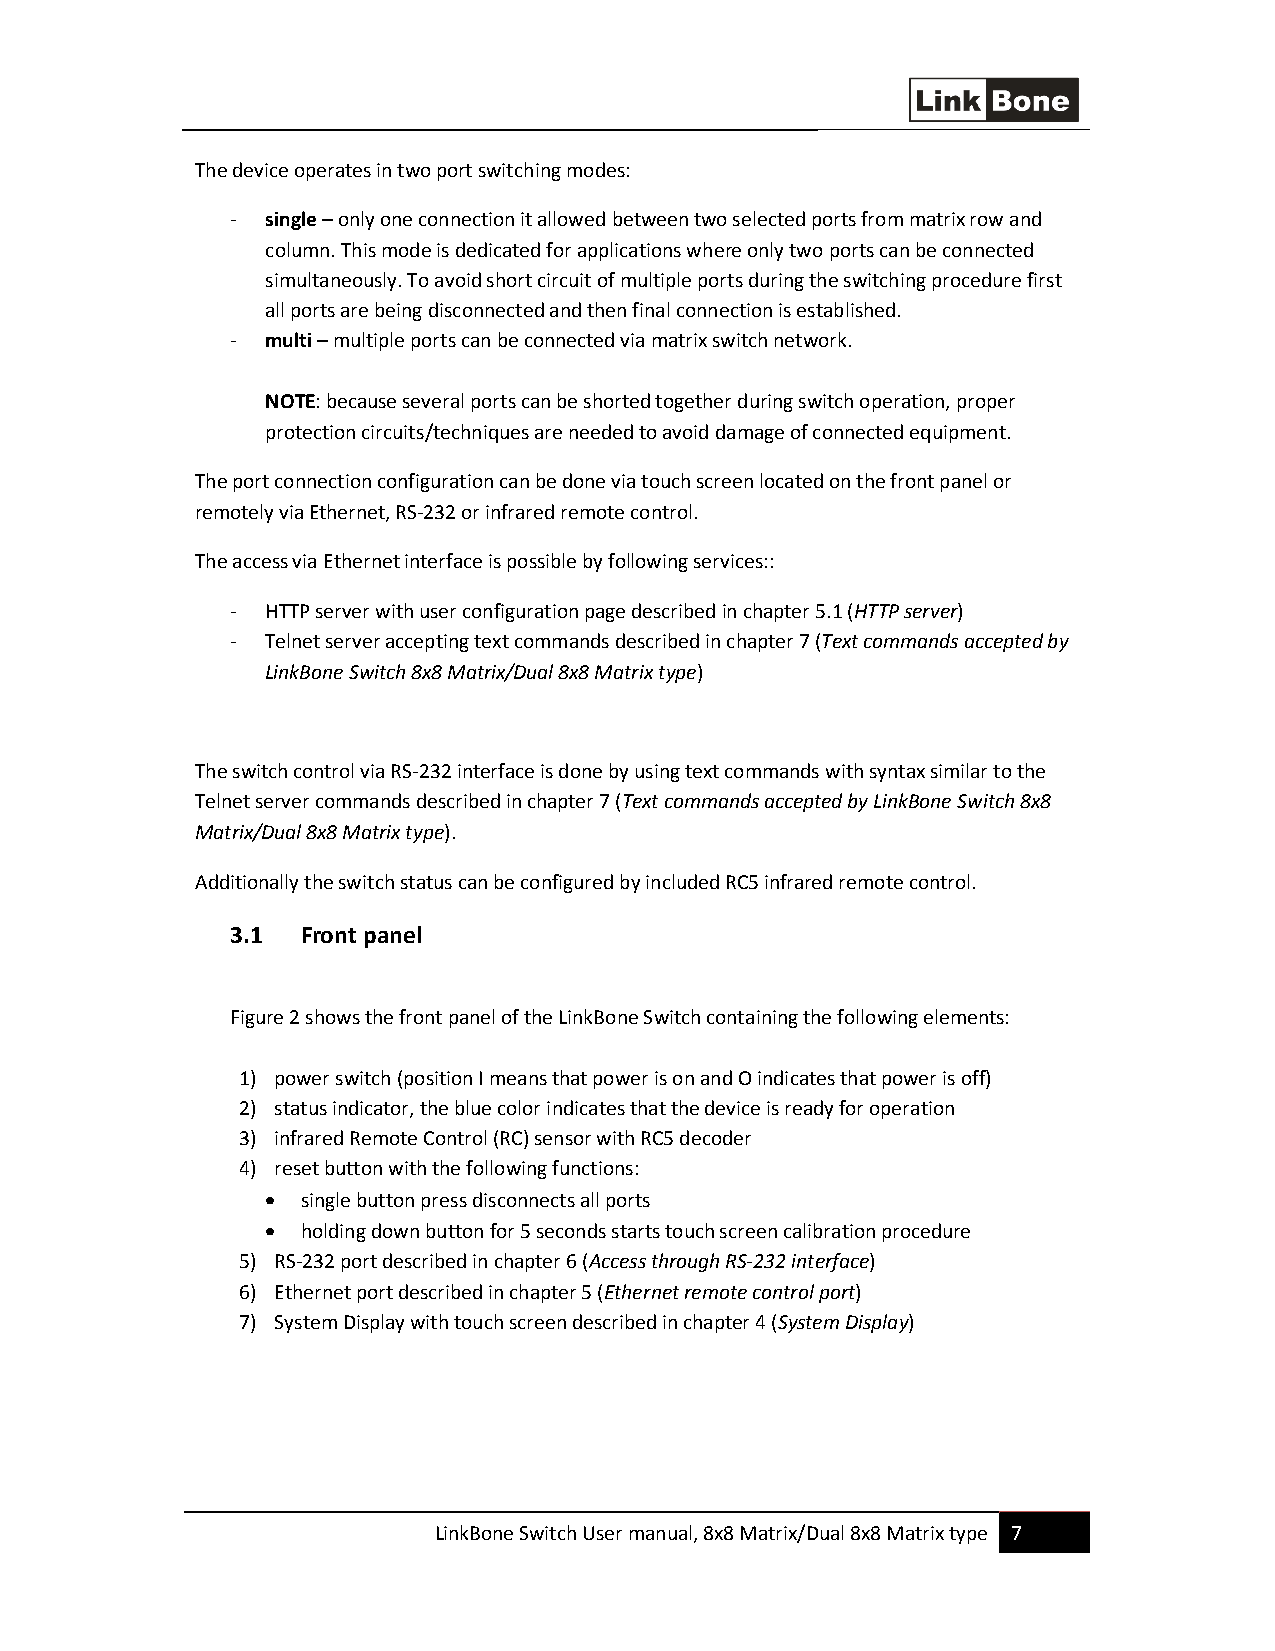
The device operates in two port switching modes:
 -  single – only one connection it allowed between two selected ports from matrix row and
 column. This mode is dedicated for applications where only two ports can be connected
 simultaneously. To avoid short circuit of multiple ports during the switching procedure first
 all ports are being disconnected and then final connection is established.
 -  multi – multiple ports can be connected via matrix switch network.
 NOTE: because several ports can be shorted together during switch operation, proper
 protection circuits/techniques are needed to avoid damage of connected equipment.
 The port connection configuration can be done via touch screen located on the front panel or
 remotely via Ethernet, RS-232 or infrared remote control.
 The access via Ethernet interface is possible by following services::
 -  HTTP server with user configuration page described in chapter 5.1 (HTTP server)
 -  Telnet server accepting text commands described in chapter 7 (Text commands accepted by
 LinkBone Switch 8x8 Matrix/Dual 8x8 Matrix type)
 The switch control via RS-232 interface is done by using text commands with syntax similar to the
 Telnet server commands described in chapter 7 (Text commands accepted by LinkBone Switch 8x8
 Matrix/Dual 8x8 Matrix type).
 Additionally the switch status can be configured by included RC5 infrared remote control.
 3.1  Front panel
 Figure 2 shows the front panel of the LinkBone Switch containing the following elements:
 1) power switch (position I means that power is on and O indicates that power is off)
 2) status indicator, the blue color indicates that the device is ready for operation
 3) infrared Remote Control (RC) sensor with RC5 decoder
 4) reset button with the following functions:
 • single button press disconnects all ports
 • holding down button for 5 seconds starts touch screen calibration procedure
 5) RS-232 port described in chapter 6 (Access through RS-232 interface)
 6) Ethernet port described in chapter 5 (Ethernet remote control port)
 7) System Display with touch screen described in chapter 4 (System Display)
 LinkBone Switch User manual, 8x8 Matrix/Dual 8x8 Matrix type 7